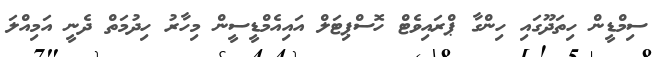
ސިމްޑީން ހިތަދޫގައި ހިންގާ ޕްރައިވެޓް ހޮސްޕިޓަލް އައިއެމްޑީސީން މިހާރު ހިދުމަތް ދެނީ އަމިއްލަ